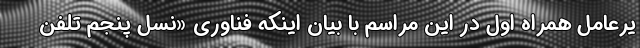
یرعامل همراه اول در این مراسم با بیان اینکه فناوری «نسل پنجم تلفن